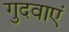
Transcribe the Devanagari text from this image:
गुदवाएं